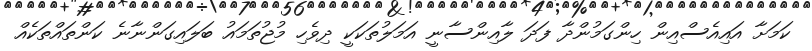
ކަމަށާ އައިއެސްއިން ހިންގަމުންދާ ފަދަ ލާއިންސާނީ އަމަލުތަކަކީ ދިވެހި މުޖުތަމައު ބަލައިގަންނާނެ ކަންތައްތަކެއް